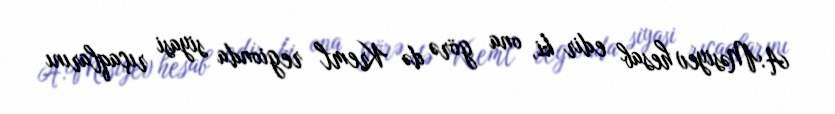
A.Məsiyev hesab edir ki, ona görə də Kreml regionda siyasi rıçaqlarını